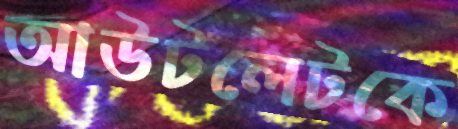
আউটলেটকে